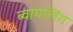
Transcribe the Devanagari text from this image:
ब्वायलिंग